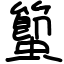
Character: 蠞